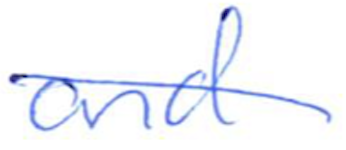
Text: and
Cross-out: diagonal
Writing tool: ballpoint